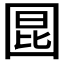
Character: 𪢬